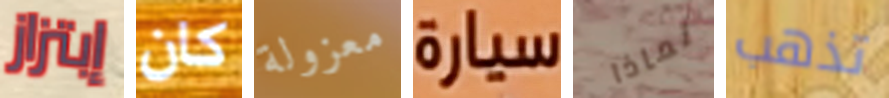
إبتزاز كان معزولة سيارة لماذا تذهب